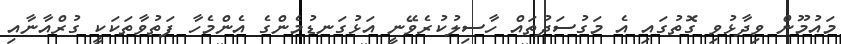
މައުމޫން ވިދާޅުވި ގޮތުގައި އެ މަގުސަދުތައް ހާސިލުކުރެވޭނީ އަޅުގަނޑުމެންގެ އެންމެހާ ފަތުވާތަކަކީ ގުރްއާނާއި